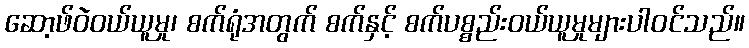
ဆော့ဖ်ဝဲဝယ်ယူမှု၊ စက်ရုံအတွက် စက်နှင့် စက်ပစ္စည်းဝယ်ယူမှုများပါဝင်သည်။